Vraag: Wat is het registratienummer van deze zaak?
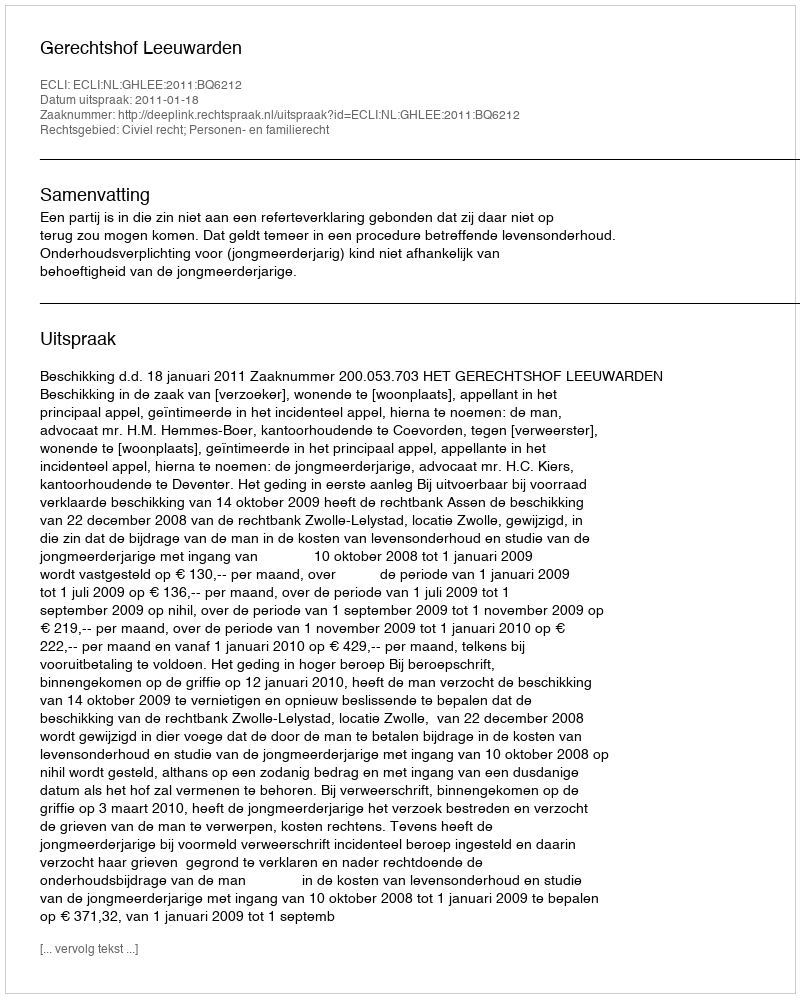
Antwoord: http://deeplink.rechtspraak.nl/uitspraak?id=ECLI:NL:GHLEE:2011:BQ6212